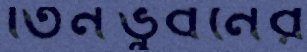
তিনভুবনের